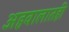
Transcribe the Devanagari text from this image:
अहवालातही